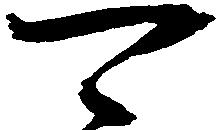
可